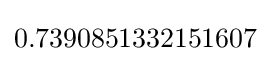
0.7390851332151607